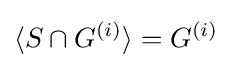
\langle S\cap G^{(i)}\rangle =G^{(i)}